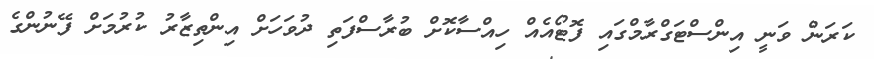
ކަރަން ވަނީ އިންސްޓަގްރާމްގައި ފޮޓޯއެއް ހިއްސާކޮށް ބުރާސްފަތި ދުވަހަށް އިންތިޒާރު ކުރުމަށް ފޭނުންގެ